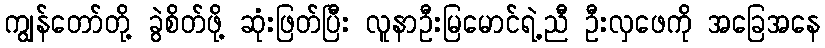
ကျွန်တော်တို့ ခွဲစိတ်ဖို့ ဆုံးဖြတ်ပြီး လူနာဦးမြမောင်ရဲ့ညီ ဦးလှဖေကို အခြေအနေ